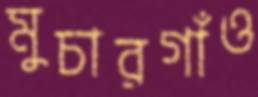
মুচারগাঁও